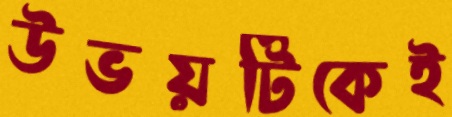
উভয়টিকেই